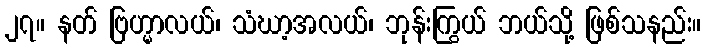
၂၇။ နတ် ဗြဟ္မာလယ်၊ သံဃာ့အလယ်၊ ဘုန်းကြွယ် ဘယ်သို့ ဖြစ်သနည်း။